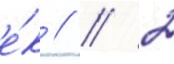
е́к // / 2